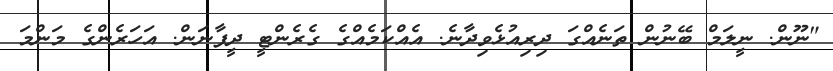
"ނޫން. ނީލަމް ބޭނުން ތަނެއްގަ ދިރިއުޅެވިދާނެ. އެއްކަމެއްގެ ގެރެންޓީ ދީފާނަން. އަހަރެންގެ މަންމަ